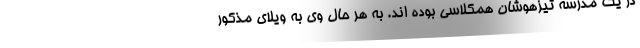
در یک مدرسه تیزهوشان همکلاسی بوده اند. به هر حال وی به ویلای مذکور